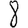
Digit: 8